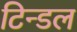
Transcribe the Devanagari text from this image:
टिन्डल